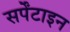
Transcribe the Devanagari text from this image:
सर्पेंटाइन